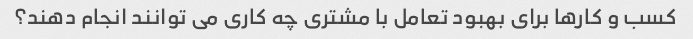
کسب و کارها برای بهبود تعامل با مشتری چه کاری می توانند انجام دهند؟